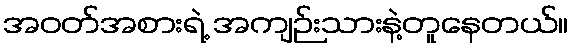
အဝတ်အစားရဲ့ အကျဉ်းသားနဲ့တူနေတယ်။